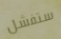
ستفشل